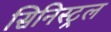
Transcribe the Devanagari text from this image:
सिनिस्ट्रल